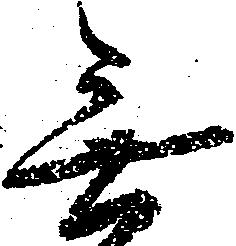
無